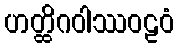
ဟတ္ထိဂဝါဿဝဠဝံ